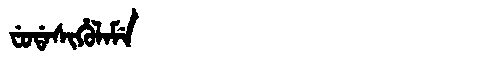
Manchu: ᠸᡠᡩᠠᠰᡳᡥᡠᠯᠠᠮᡝ
Romanization: FUDASIHULAME